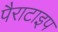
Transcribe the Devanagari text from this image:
पैराटाइप